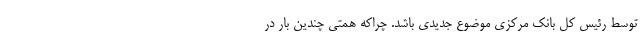
توسط رئیس کل بانک مرکزی موضوع جدیدی باشد. چراکه همتی چندین بار در